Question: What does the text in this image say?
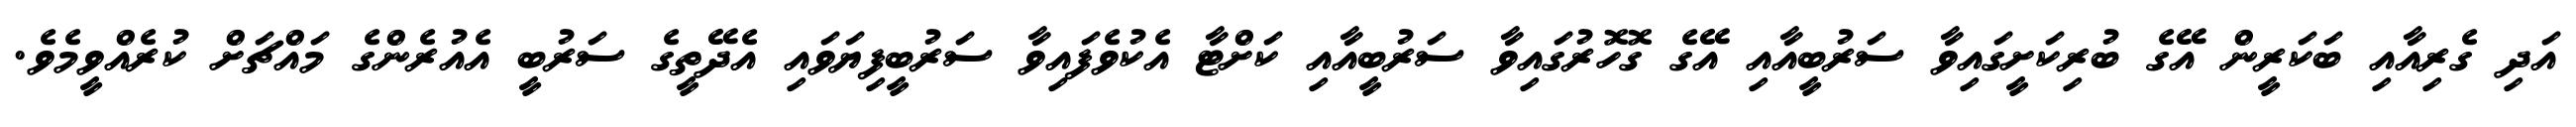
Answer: އަދި ގެރިއާއި ބަކަރީން އޭގެ ބުރިކަށީގައިވާ ސަރުބީއާއި އޭގެ ގޮހޮރުގައިވާ ސަރުބީއާއި ކަށްޓާ އެކުވެފައިވާ ސަރުބީފިޔަވައި އެދޭތީގެ ސަރުބީ އެއުރެންގެ މައްޗަށް ކުރެއްވީމެވެ.